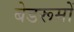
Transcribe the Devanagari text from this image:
बेडरूमों